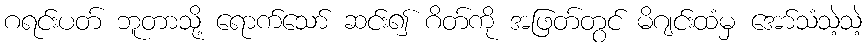
ဂရင်းပတ် ဘူတာသို့ ရောက်သော် ဆင်း၍ ဂိတ်ကို အဖြတ်တွင် မိဂျင်းထံမှ အော်သံသဲ့သဲ့